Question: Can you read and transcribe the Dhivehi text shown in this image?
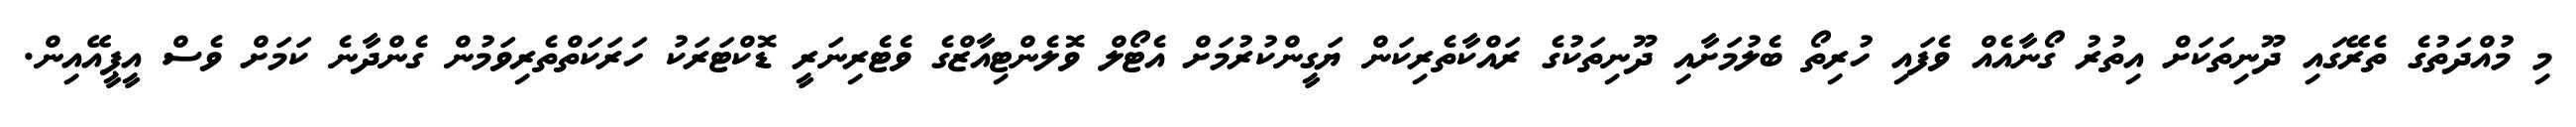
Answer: މި މުއްދަތުގެ ތެރޭގައި ދޫނިތަކަށް އިތުރު ގޯނާއެއް ވެފައި ހުރިތޯ ބެލުމަށާއި ދޫނިތަކުގެ ރައްކާތެރިކަން ޔަގީންކުރުމަށް އެޓޯލް ވޮލެންޓިއާޒްގެ ވެޓެރިނަރީ ޑޮކްޓަރަކު ހަރަކަތްތެރިވަމުން ގެންދާނެ ކަމަށް ވެސް އީޕީއޭއިން.